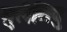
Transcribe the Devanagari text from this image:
मुलैतिवु